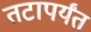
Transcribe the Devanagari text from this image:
तटापर्यंत